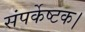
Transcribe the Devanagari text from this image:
संपर्केष्टक।